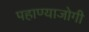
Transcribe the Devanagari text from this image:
पहाण्याजोगी